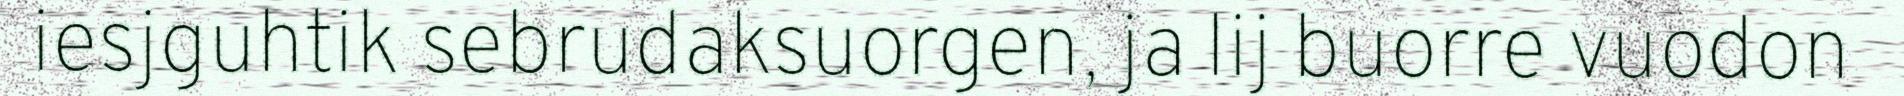
iesjguhtik sebrudaksuorgen, ja lij buorre vuodon